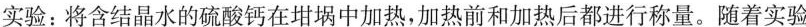
实验：将含结晶水的硫酸钙在坩埚中加热，加热前和加热后都进行称量。随着实验